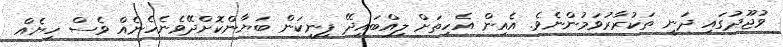
ވުޖޫދުގައި ދަނީ ތަކުރާރުވަމުންނެވެ. އެއިން އެހިތަށް ލިއްބައިދޭ ފިނިކަން ބަޔާންކޮށްދޭވެނެހެނެއް ވެސް ހިޔެއް